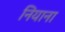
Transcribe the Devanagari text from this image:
नियाना